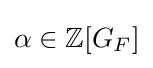
\alpha \in \mathbb {Z} [G_{F}]